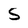
Character: S